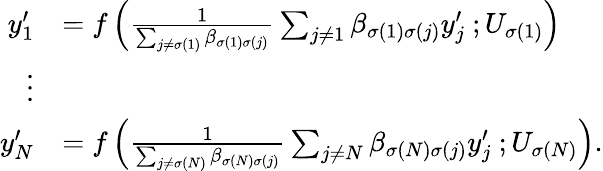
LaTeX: \begin{array}{rl}{y_{1}^{\prime}}&{=f\left(\frac{1}{\sum_{j\neq\sigma(1)}\beta_{\sigma(1)\sigma(j)}}\sum_{j\neq 1}\beta_{\sigma(1)\sigma(j)}y_{j}^{\prime}\ ;U_{\sigma(1)}\right)}\\ {\vdots}&{}\\ {y_{N}^{\prime}}&{=f\left(\frac{1}{\sum_{j\neq\sigma(N)}\beta_{\sigma(N)\sigma(j)}}\sum_{j\neq N}\beta_{\sigma(N)\sigma(j)}y_{j}^{\prime}\ ;U_{\sigma(N)}\right).}\end{array}